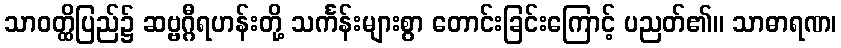
သာဝတ္ထိပြည်၌ ဆဗ္ဗဂ္ဂီရဟန်းတို့ သင်္ကန်းများစွာ တောင်းခြင်းကြောင့် ပညတ်၏။ သာဓာရဏ၊